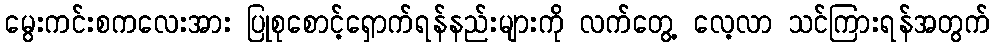
မွေးကင်းစကလေးအား ပြုစုစောင့်ရှောက်ရန်နည်းများကို လက်တွေ့ လေ့လာ သင်ကြားရန်အတွက်